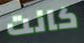
كانت